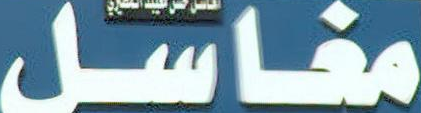
مغاسل